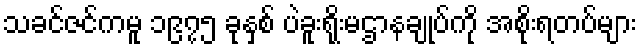
သခင်ဇင်ကမူ ၁၉၇၅ ခုနှစ် ပဲခူးရိုးမဌာနချုပ်ကို အစိုးရတပ်များ